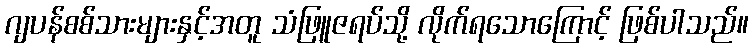
ဂျပန်စစ်သားများနှင့်အတူ သံဖြူဇရပ်သို့ လိုက်ရသောကြောင့် ဖြစ်ပါသည်။